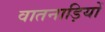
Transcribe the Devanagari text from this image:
वातनाड़ियों